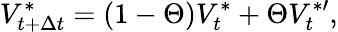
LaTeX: V_{t+\Delta{t}}^{\ast}=(1-\Theta)V_{t}^{\ast}+\Theta V_{t}^{\ast\prime},